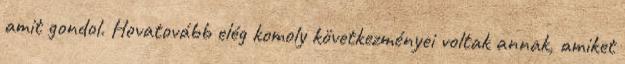
amit gondol. Hovatovább elég komoly következményei voltak annak, amiket